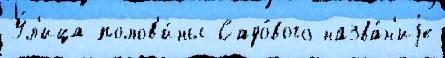
У́л'ица полов'и́ны Садо́вого назва́н'иjе